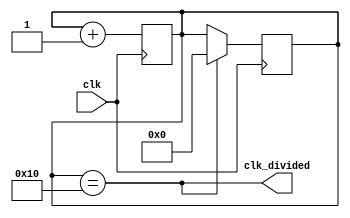
module clk_div #(parameter X = 16)(
  
    /* Clocking signal */
    input wire clk,

    /* Divided clocking signal */
    output wire clk_divided
);

/* Counter for division */
reg [$clog2(X):0]cnt = 0;

/* Output is risen each X input clk's */
assign clk_divided = (cnt == X);

always @(posedge clk) begin

  /* Increment counter each input clk signal */
  cnt <= cnt + 1;

end

always @(negedge clk) begin

  /* Down output on the end of the input clk */
  if (clk_divided)
    cnt <= 0;

end

endmodule